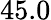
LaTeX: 45.0